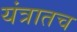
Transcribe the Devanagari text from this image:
यंत्रातच